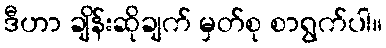
ဒီဟာ ချိန်းဆိုချက် မှတ်စု စာရွက်ပါ။